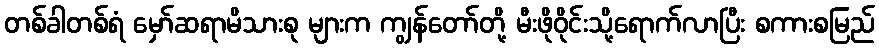
တစ်ခါတစ်ရံ မှော်ဆရာမိသားစု များက ကျွန်တော်တို့ မီးဖိုဝိုင်းသို့ရောက်လာပြီး စကားစမြည်